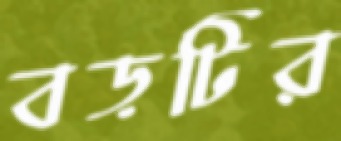
বড়টির